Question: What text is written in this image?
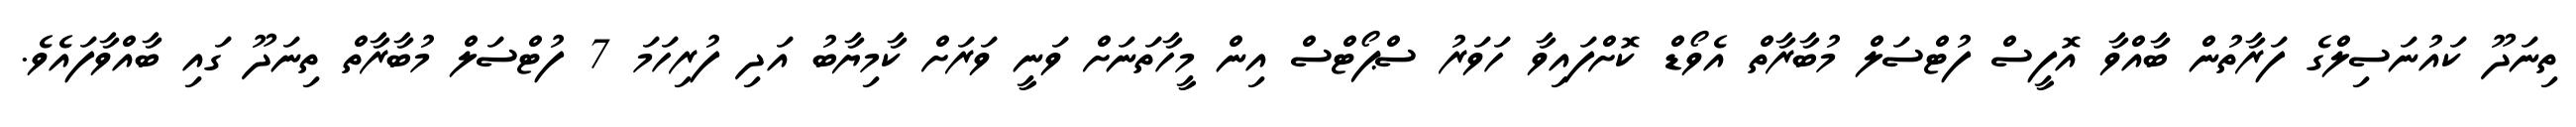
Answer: ތިނަދޫ ކައުނަސިލްގެ ފަރާތުން ބާއްވާ އޮފީސް ފުޓްސަލް މުބާރާތް އެވޯޑް ކޮށްފައިވާ ހަވަރު ސްޕޯޓްސް އިން މީހާތަނަށް ވަނީ ވަރަށް ކާމިޔާބު އަދި ފުރިހަމަ 7 ފުޓްސަލް މުބާރާތް ތިނަދޫ ގައި ބާއްވާފައެވެ.